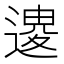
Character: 𨕟